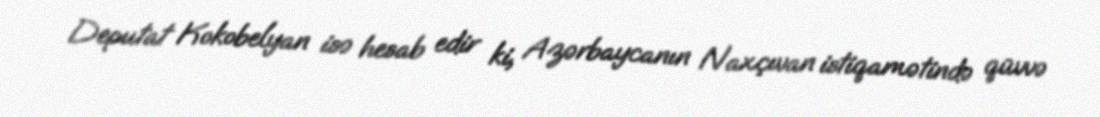
Deputat Kokobelyan isə hesab edir ki, Azərbaycanın Naxçıvan istiqamətində qüvvə